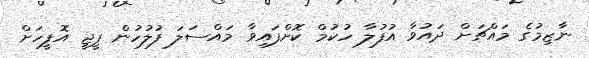
ނާޒިމުގެ މައްޗަށް ދައުވާ އުފުލާ ހުކުމް ކޮށްފައިވާ މައްސަލަ ފުލުހުން ޕީޖީ އޮފީހަށް